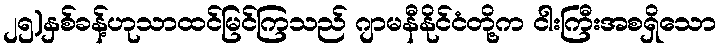
၂၅)နှစ်ခန့်ဟုသာထင်မြင်ကြသည် ဂျာမနီနိုင်ငံတို့က ငါးကြီးအစရှိသော